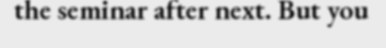
the seminar after next. But you